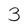
Character: 3